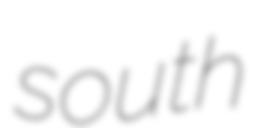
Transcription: south